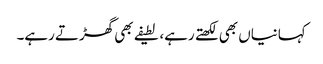
کہانیاں بھی لکھتے رہے، لطیفے بھی گھڑتے رہے۔